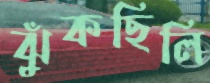
ঝুঁকছিলি